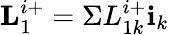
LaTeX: \textbf{L}_{1}^{i+}=\Sigma L_{1k}^{i+}\textbf{i}_{k}